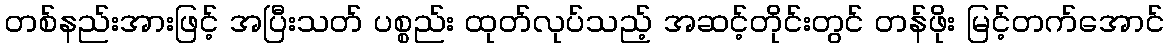
တစ်နည်းအားဖြင့် အပြီးသတ် ပစ္စည်း ထုတ်လုပ်သည့် အဆင့်တိုင်းတွင် တန်ဖိုး မြင့်တက်အောင်